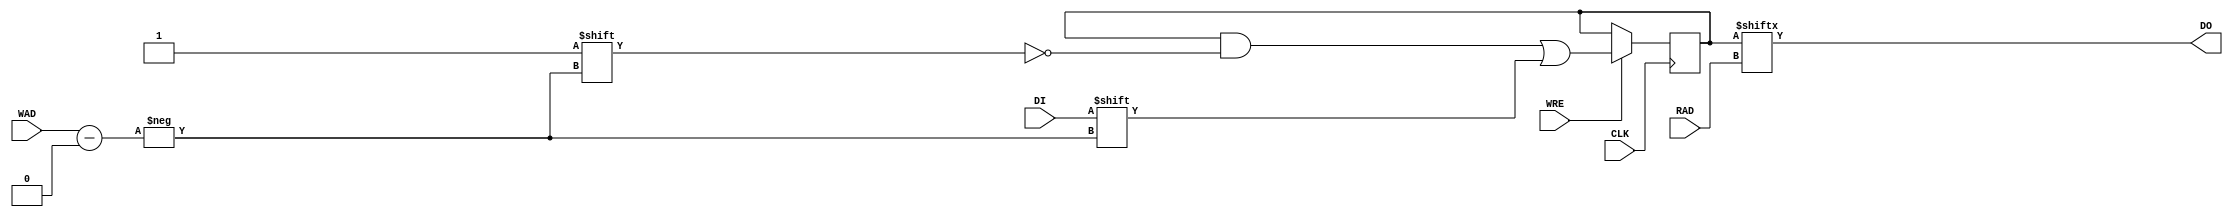
`ifdef verilator3
`else
`timescale 1 ps / 1 ps
`endif
//
// RAM16SDP1 primitive for Gowin FPGAs
// Compatible with Verilator tool (www.veripool.org)
// Copyright (c) 2022 Frdric REQUIN
// License : BSD
//

module RAM16SDP1
#(
    parameter [15:0] INIT_0 = 16'h0
)
(
    input        CLK,
    input        WRE,
    input  [3:0] WAD,
    input        DI,
    input  [3:0] RAD,
    output       DO
);

    reg [15:0] _r_mem;
    
    initial begin
    
        _r_mem = INIT_0;
    end
    
    always @(posedge CLK) begin
    
        if (WRE) begin
            _r_mem[WAD] <= DI;
        end
    end
    
    assign DO = _r_mem[RAD];

endmodule